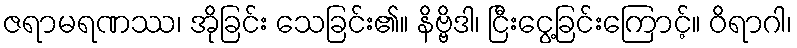
ဇရာမရဏဿ၊ အိုခြင်း သေခြင်း၏။ နိဗ္ဗိဒါ၊ ငြီးငွေ့ခြင်းကြောင့်။ ဝိရာဂါ၊